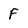
Character: F